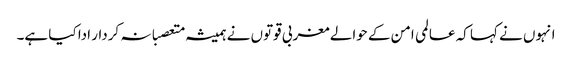
انہوں نے کہا کہ عالمی امن کے حوالے مغربی قوتوں نے ہمیشہ متعصبانہ کردار ادا کیا ہے۔